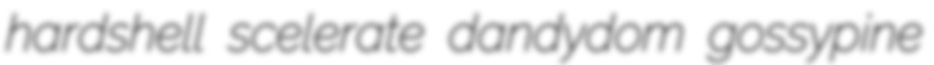
hardshell scelerate dandydom gossypine